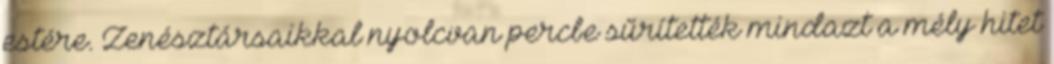
estére. Zenésztársaikkal nyolcvan percbe sűrítették mindazt a mély hitet